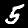
Label: 5